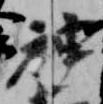
神